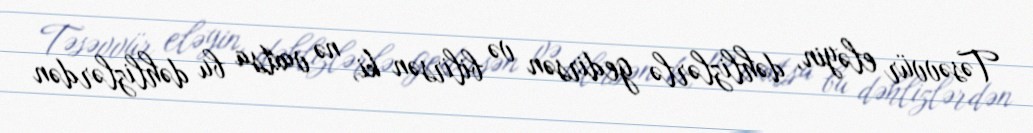
Təsəvvür eləyin, dəhlizlərlə gedirsən və bilirsən ki, nə vaxtsa bu dəhlizlərdən